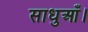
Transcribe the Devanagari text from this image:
साधुआँ।